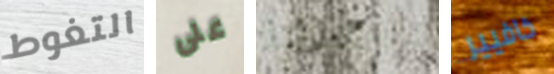
التغوط على بالأسبانية خافيير